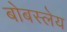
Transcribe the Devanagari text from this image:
बोबस्लेय